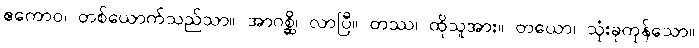
ဧကောဝ၊ တစ်ယောက်သည်သာ။ အာဂစ္ဆိ၊ လာပြီ။ တဿ၊ ထိုသူအား။ တယော၊ သုံးခုကုန်သော။